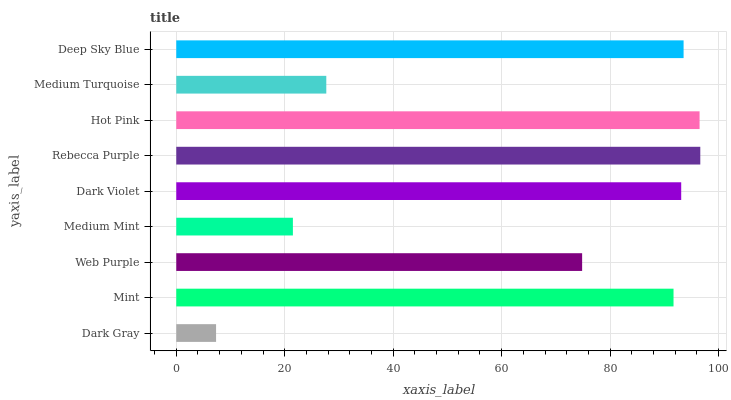
| yaxis_label | bars |
 | --- | --- |
 | Dark Gray | 7.34 |
 | Mint | 91.7 |
 | Web Purple | 74.8 |
 | Medium Mint | 21.5 |
 | Dark Violet | 93.1 |
 | Rebecca Purple | 96.6 |
 | Hot Pink | 96.5 |
 | Medium Turquoise | 27.7 |
 | Deep Sky Blue | 93.5 |